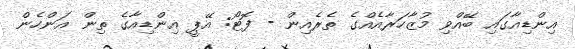
އިންޑިއާގައި ބޭއްވި މުޒާހަރާއެއްގެ ތެރެއިން - ފޮޓޯ: އޭޕީ އިންޑިއާގެ ތިން އަންހެން